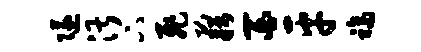
隧湛下飞藉百平福